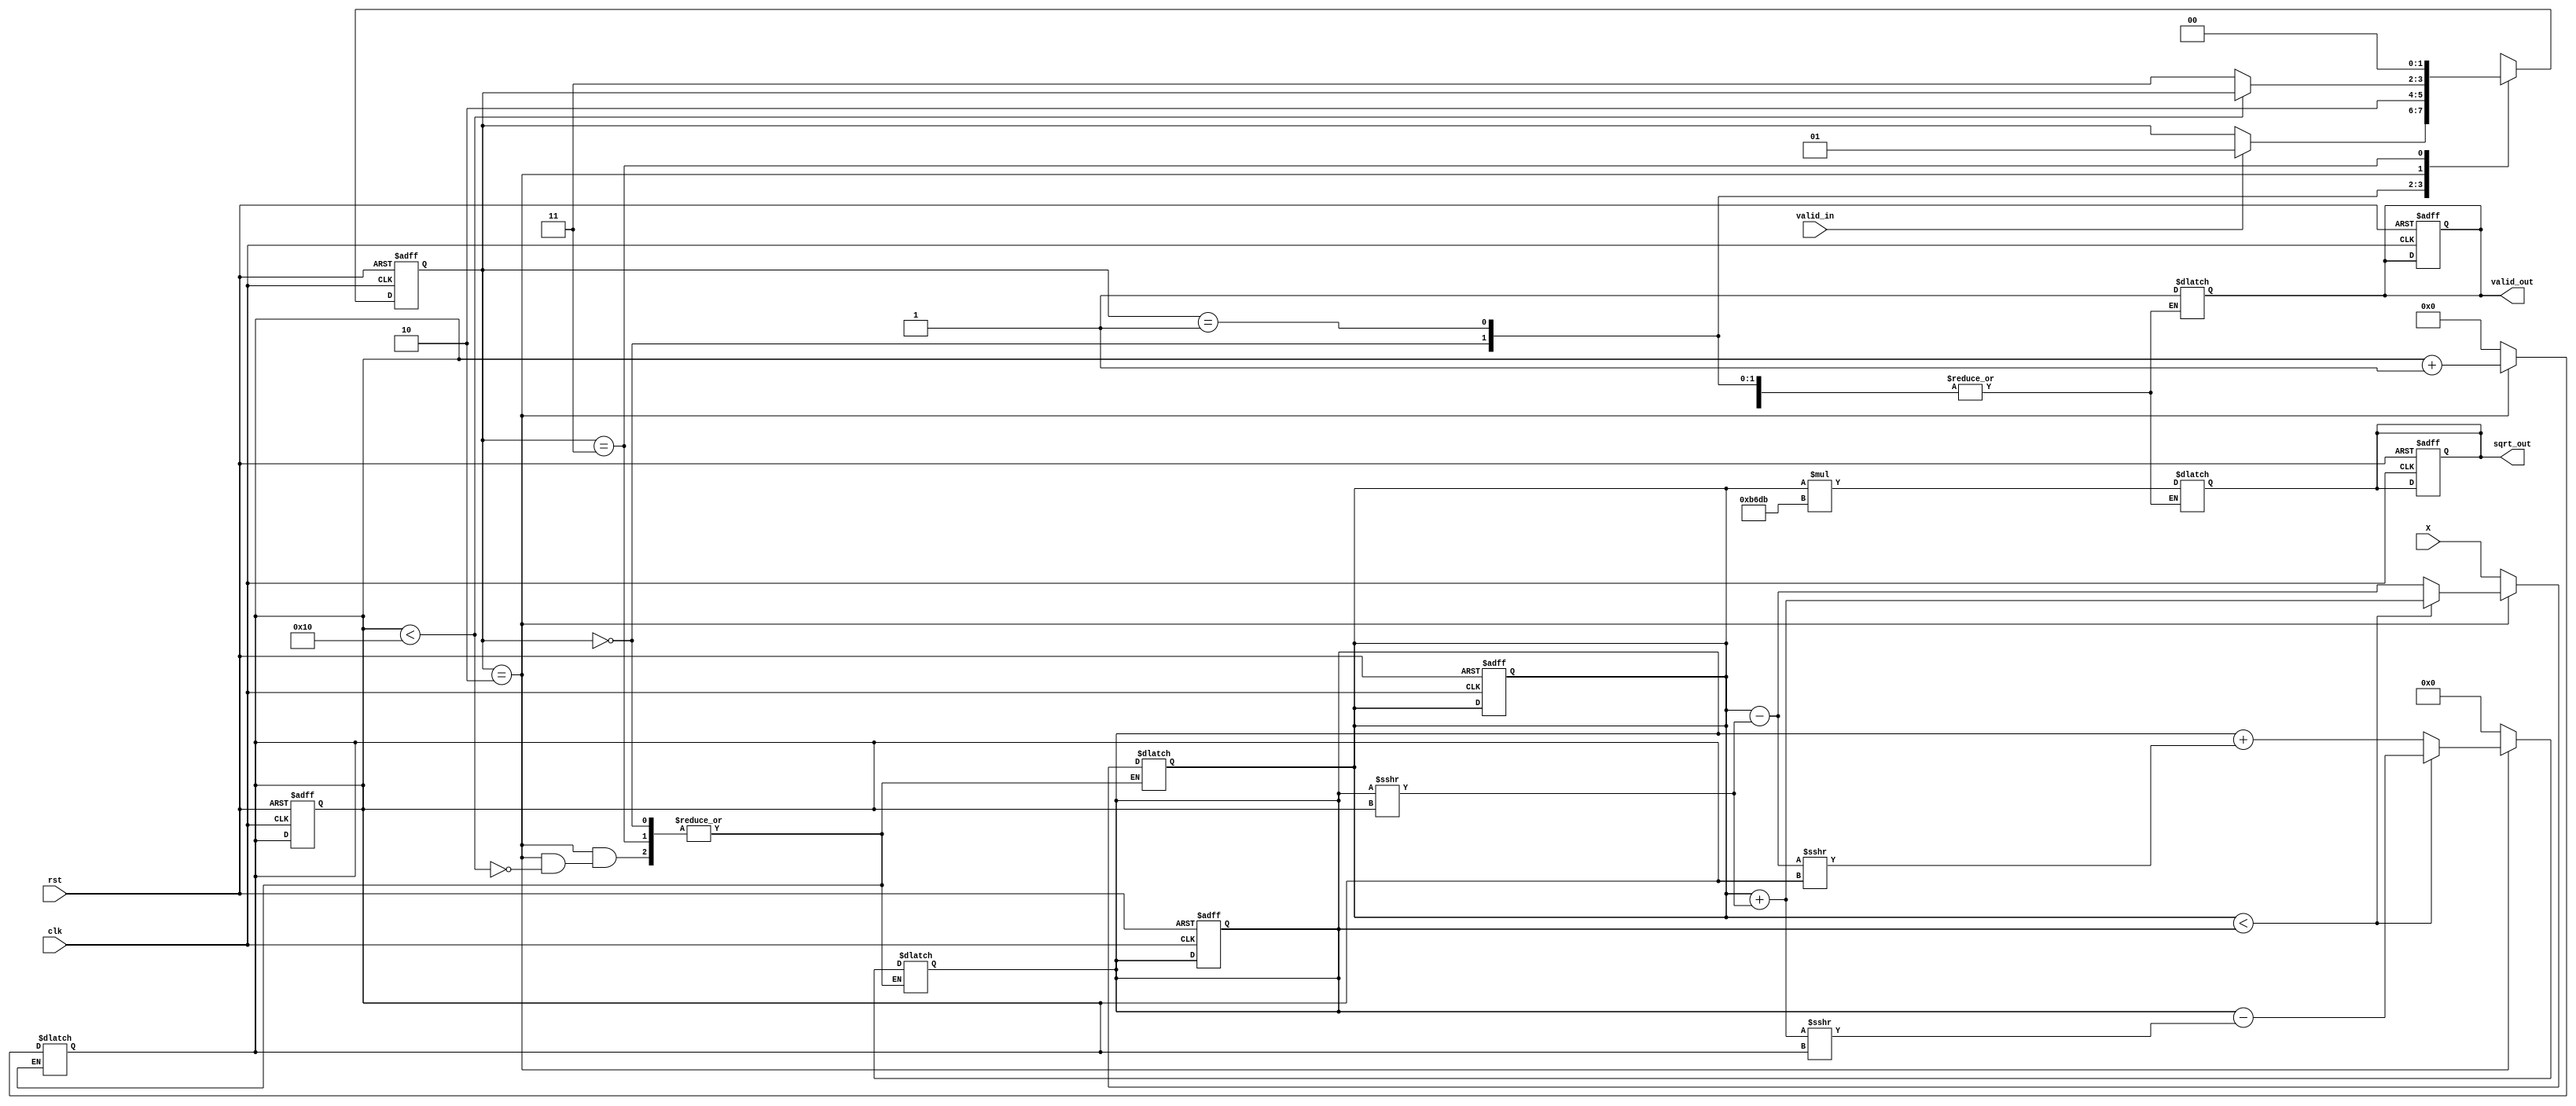
module cordic_sqrt (
    input wire clk,
    input wire rst,
    input wire valid_in,
    input wire [15:0] X, // Input value (16-bit fixed-point)
    output reg [15:0] sqrt_out, // Output value (16-bit fixed-point)
    output reg valid_out // Output valid signal
);

    // Parameters
    parameter NUM_ITERATIONS = 16; // Number of CORDIC iterations
    parameter CORDIC_GAIN = 16'hB6DB; // Scaling factor (fixed-point)
    parameter IDLE = 2'b00, INIT = 2'b01, ITERATE = 2'b10, DONE = 2'b11;

    // Internal signals
    reg [1:0] state, next_state;
    reg [15:0] current_x, current_y; // Current vector values
    reg [4:0] iteration_count; // Iteration counter

    // Initialization
    always @(posedge clk or posedge rst) begin
        if (rst) begin
            state <= IDLE;
            sqrt_out <= 0;
            valid_out <= 0;
            iteration_count <= 0;
            current_x <= 0;
            current_y <= 0;
        end else begin
            state <= next_state;
        end
    end

    // State machine for control logic
    always @(*) begin
        next_state = state;
        case (state)
            IDLE: begin
                if (valid_in) begin
                    next_state = INIT;
                end
            end
            INIT: begin
                // Initialize current_x and current_y
                current_x = X; // Start with the input value
                current_y = 0; // Start with zero
                iteration_count = 0;
                next_state = ITERATE;
            end
            ITERATE: begin
                if (iteration_count < NUM_ITERATIONS) begin
                    // CORDIC rotation equations for square root
                    if (current_x < current_y) begin
                        // Rotate clockwise
                        current_x = current_x + (current_y >>> iteration_count);
                        current_y = current_y - (current_x >>> iteration_count);
                    end else begin
                        // Rotate counter-clockwise
                        current_x = current_x - (current_y >>> iteration_count);
                        current_y = current_y + (current_x >>> iteration_count);
                    end
                    iteration_count = iteration_count + 1;
                end else begin
                    next_state = DONE;
                end
            end
            DONE: begin
                sqrt_out = current_x * CORDIC_GAIN; // Apply scaling factor
                valid_out = 1; // Indicate output is valid
                next_state = IDLE; // Return to IDLE state
            end
        endcase
    end

endmodule